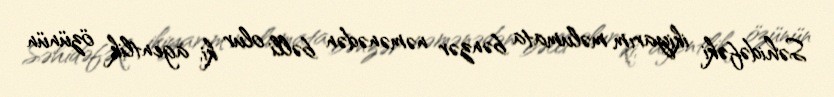
Səhidəfəki ikiyarım məlumata bənzər nəmənədən bəlli olur ki, agentlik özünün